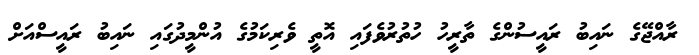
ރާއްޖޭގެ ނައިބު ރައީސުންގެ ތާރީހު ހުތުރުވެފައި އޮތީ ވެރިކަމުގެ އުންމީދުގައި ނައިބު ރައީސްއަށް